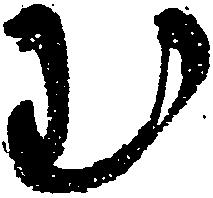
む